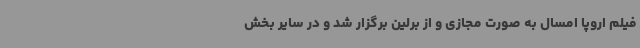
فیلم اروپا امسال به صورت مجازی و از برلین برگزار شد و در سایر بخش